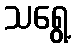
သရွေ့